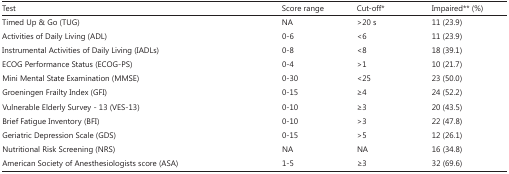
<table><thead><tr><td><b>Test</b></td><td><b>Score range</b></td><td><b>Cut-off*</b></td><td><b>Impaired** (%)</b></td></tr></thead><tbody><tr><td>Timed Up &amp; Go (TUG)</td><td>NA</td><td>&gt;20 s</td><td>11 (23.9)</td></tr><tr><td>Activities of Daily Living (ADL)</td><td>0-6</td><td>&lt;6</td><td>11 (23.9)</td></tr><tr><td>Instrumental Activities of Daily Living (IADLs)</td><td>0-8</td><td>&lt;8</td><td>18 (39.1)</td></tr><tr><td>ECOG Performance Status (ECOG-PS)</td><td>0-4</td><td>&gt;1</td><td>10 (21.7)</td></tr><tr><td>Mini Mental State Examination (MMSE)</td><td>0-30</td><td>&lt;25</td><td>23 (50.0)</td></tr><tr><td>Groeningen Frailty Index (GFI)</td><td>0-15</td><td>≥4</td><td>24 (52.2)</td></tr><tr><td>Vulnerable Elderly Survey - 13 (VES-13)</td><td>0-10</td><td>≥3</td><td>20 (43.5)</td></tr><tr><td>Brief Fatigue Inventory (BFI)</td><td>0-10</td><td>&gt;3</td><td>22 (47.8)</td></tr><tr><td>Geriatric Depression Scale (GDS)</td><td>0-15</td><td>&gt;5</td><td>12 (26.1)</td></tr><tr><td>Nutritional Risk Screening (NRS)</td><td>NA</td><td>NA</td><td>16 (34.8)</td></tr><tr><td>American Society of Anesthesiologists score (ASA)</td><td>1-5</td><td>≥3</td><td>32 (69.6)</td></tr></tbody></table>